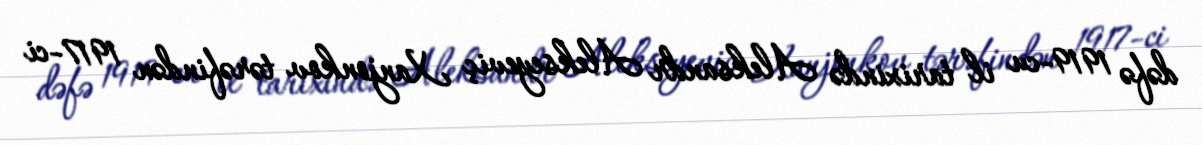
dəfə 1919-cu il tarixində Aleksandr Alekseyeviç Xanjonkov tərəfindən 1917-ci